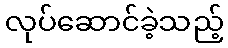
လုပ်ဆောင်ခဲ့သည့်